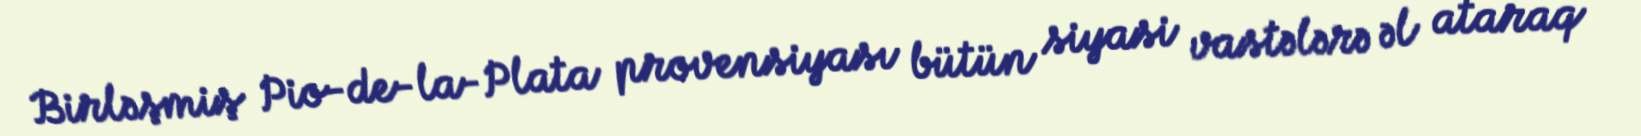
Birləşmiş Pio-de-la-Plata provensiyası bütün siyasi vastələrə əl ataraq